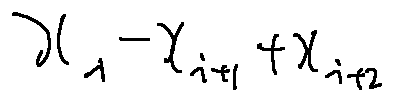
x _ { i } - x _ { i + 1 } + x _ { i + 2 }